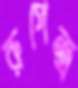
রুপেন্দ্র